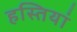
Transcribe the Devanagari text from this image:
हस्‍तियां